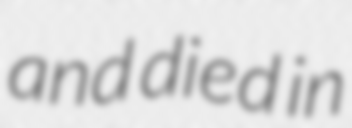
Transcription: and died in